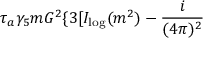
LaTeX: \tau _ { a } \gamma _ { 5 } m G ^ { 2 } \{ 3 [ I _ { \log } ( m ^ { 2 } ) - \frac { i } { ( 4 \pi ) ^ { 2 } }